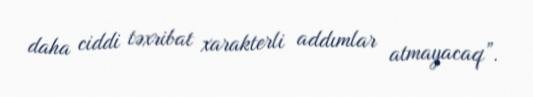
daha ciddi təxribat xarakterli addımlar atmayacaq”.